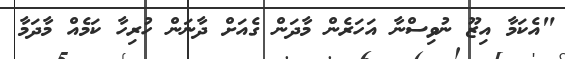
"އެކަމާ އިޒޫ ނުވިސްނާ އަހަރެން މާދަން ގެއަށް ދާނަން ހުރިހާ ކަމެއް މާދަމާ